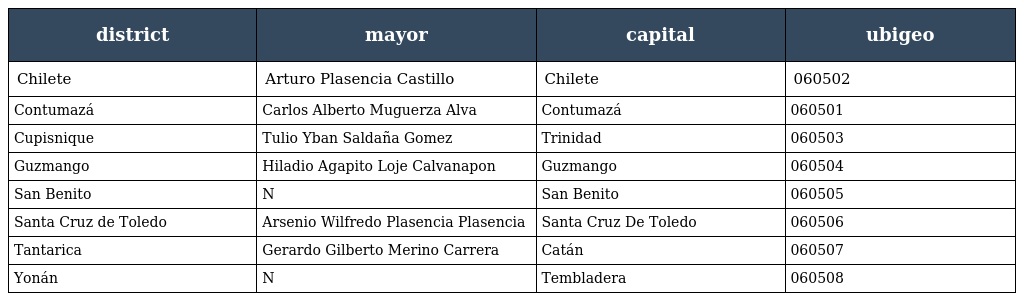
| district | mayor | capital | ubigeo |
 | --- | --- | --- | --- |
 | Chilete | Arturo Plasencia Castillo | Chilete | 060502 |
 | Contumazá | Carlos Alberto Muguerza Alva | Contumazá | 060501 |
 | Cupisnique | Tulio Yban Saldaña Gomez | Trinidad | 060503 |
 | Guzmango | Hiladio Agapito Loje Calvanapon | Guzmango | 060504 |
 | San Benito | N | San Benito | 060505 |
 | Santa Cruz de Toledo | Arsenio Wilfredo Plasencia Plasencia | Santa Cruz De Toledo | 060506 |
 | Tantarica | Gerardo Gilberto Merino Carrera | Catán | 060507 |
 | Yonán | N | Tembladera | 060508 |